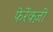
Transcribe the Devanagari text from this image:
फेरेंक्ज़ी